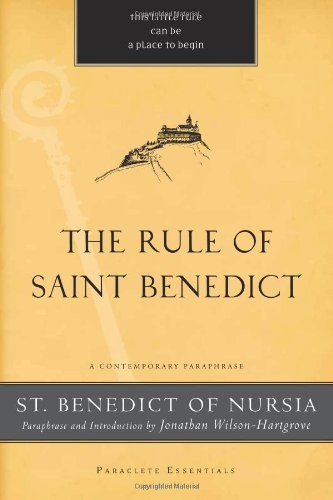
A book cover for The Rule of Saint Benedict: A Contemporary Paraphrase (Paraclete Essentials); St. Benedict of Nursia; Christian Books & Bibles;